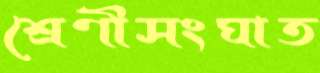
শ্রেণীসংঘাত